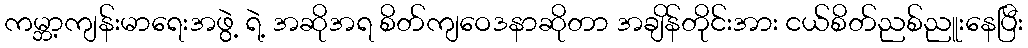
ကမ္ဘာ့ကျန်းမာရေးအဖွဲ့ ရဲ့ အဆိုအရ စိတ်ကျဝေဒနာဆိုတာ အချိန်တိုင်းအား ငယ်စိတ်ညစ်ညူးနေပြီး